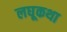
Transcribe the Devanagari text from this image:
लघूकथा